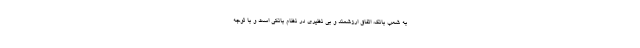
به شعب بانک، اتفاق ارزشمند و بی نظیری در نظام بانکی است و با توجه